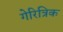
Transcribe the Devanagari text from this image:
गेरित्रिक